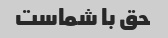
حق با شماست